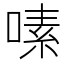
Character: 嗉